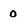
Character: 0